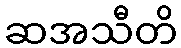
ဆအသီတိ